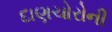
દાણચોરોની